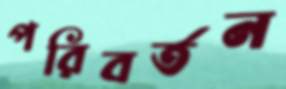
পরিবর্তন